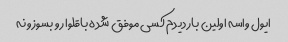
ایول واسه اولین بار دیدم کسی موفق شده باقلوا رو بسوزونه